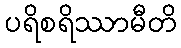
ပရိစရိဿာမီတိ